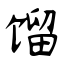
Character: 馏